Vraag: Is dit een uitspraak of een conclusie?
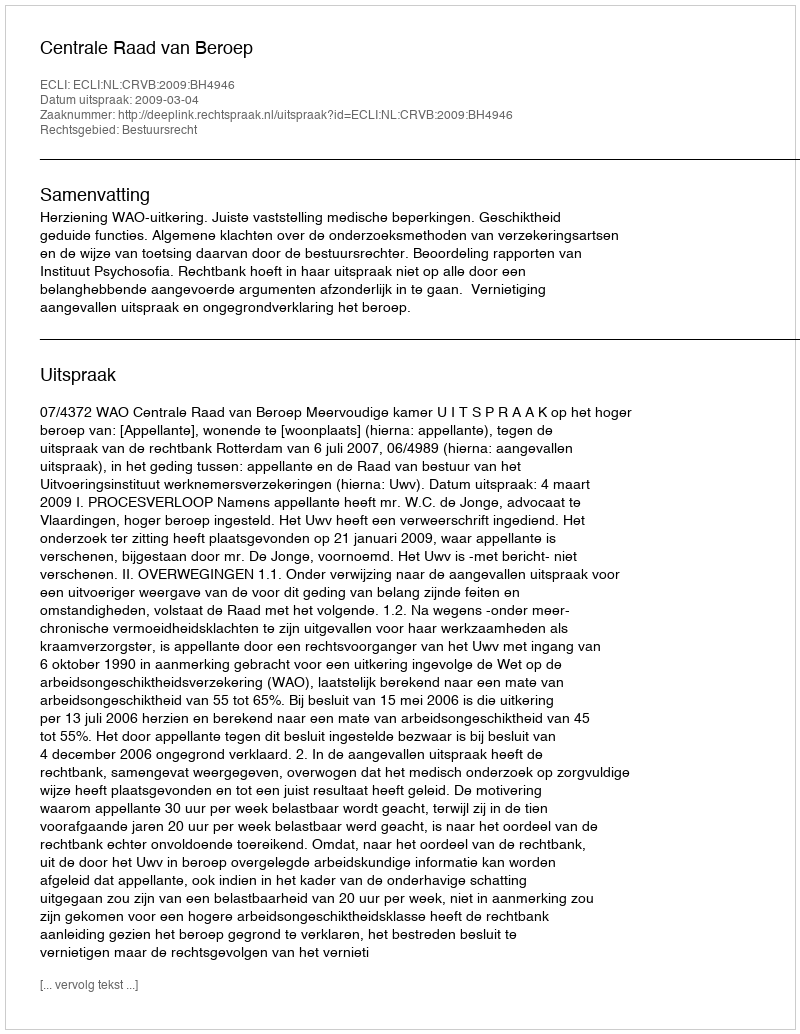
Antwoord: Uitspraak